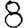
Digit: 8